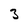
Character: 3